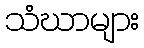
သံဃာများ